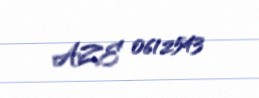
AZE 0612543